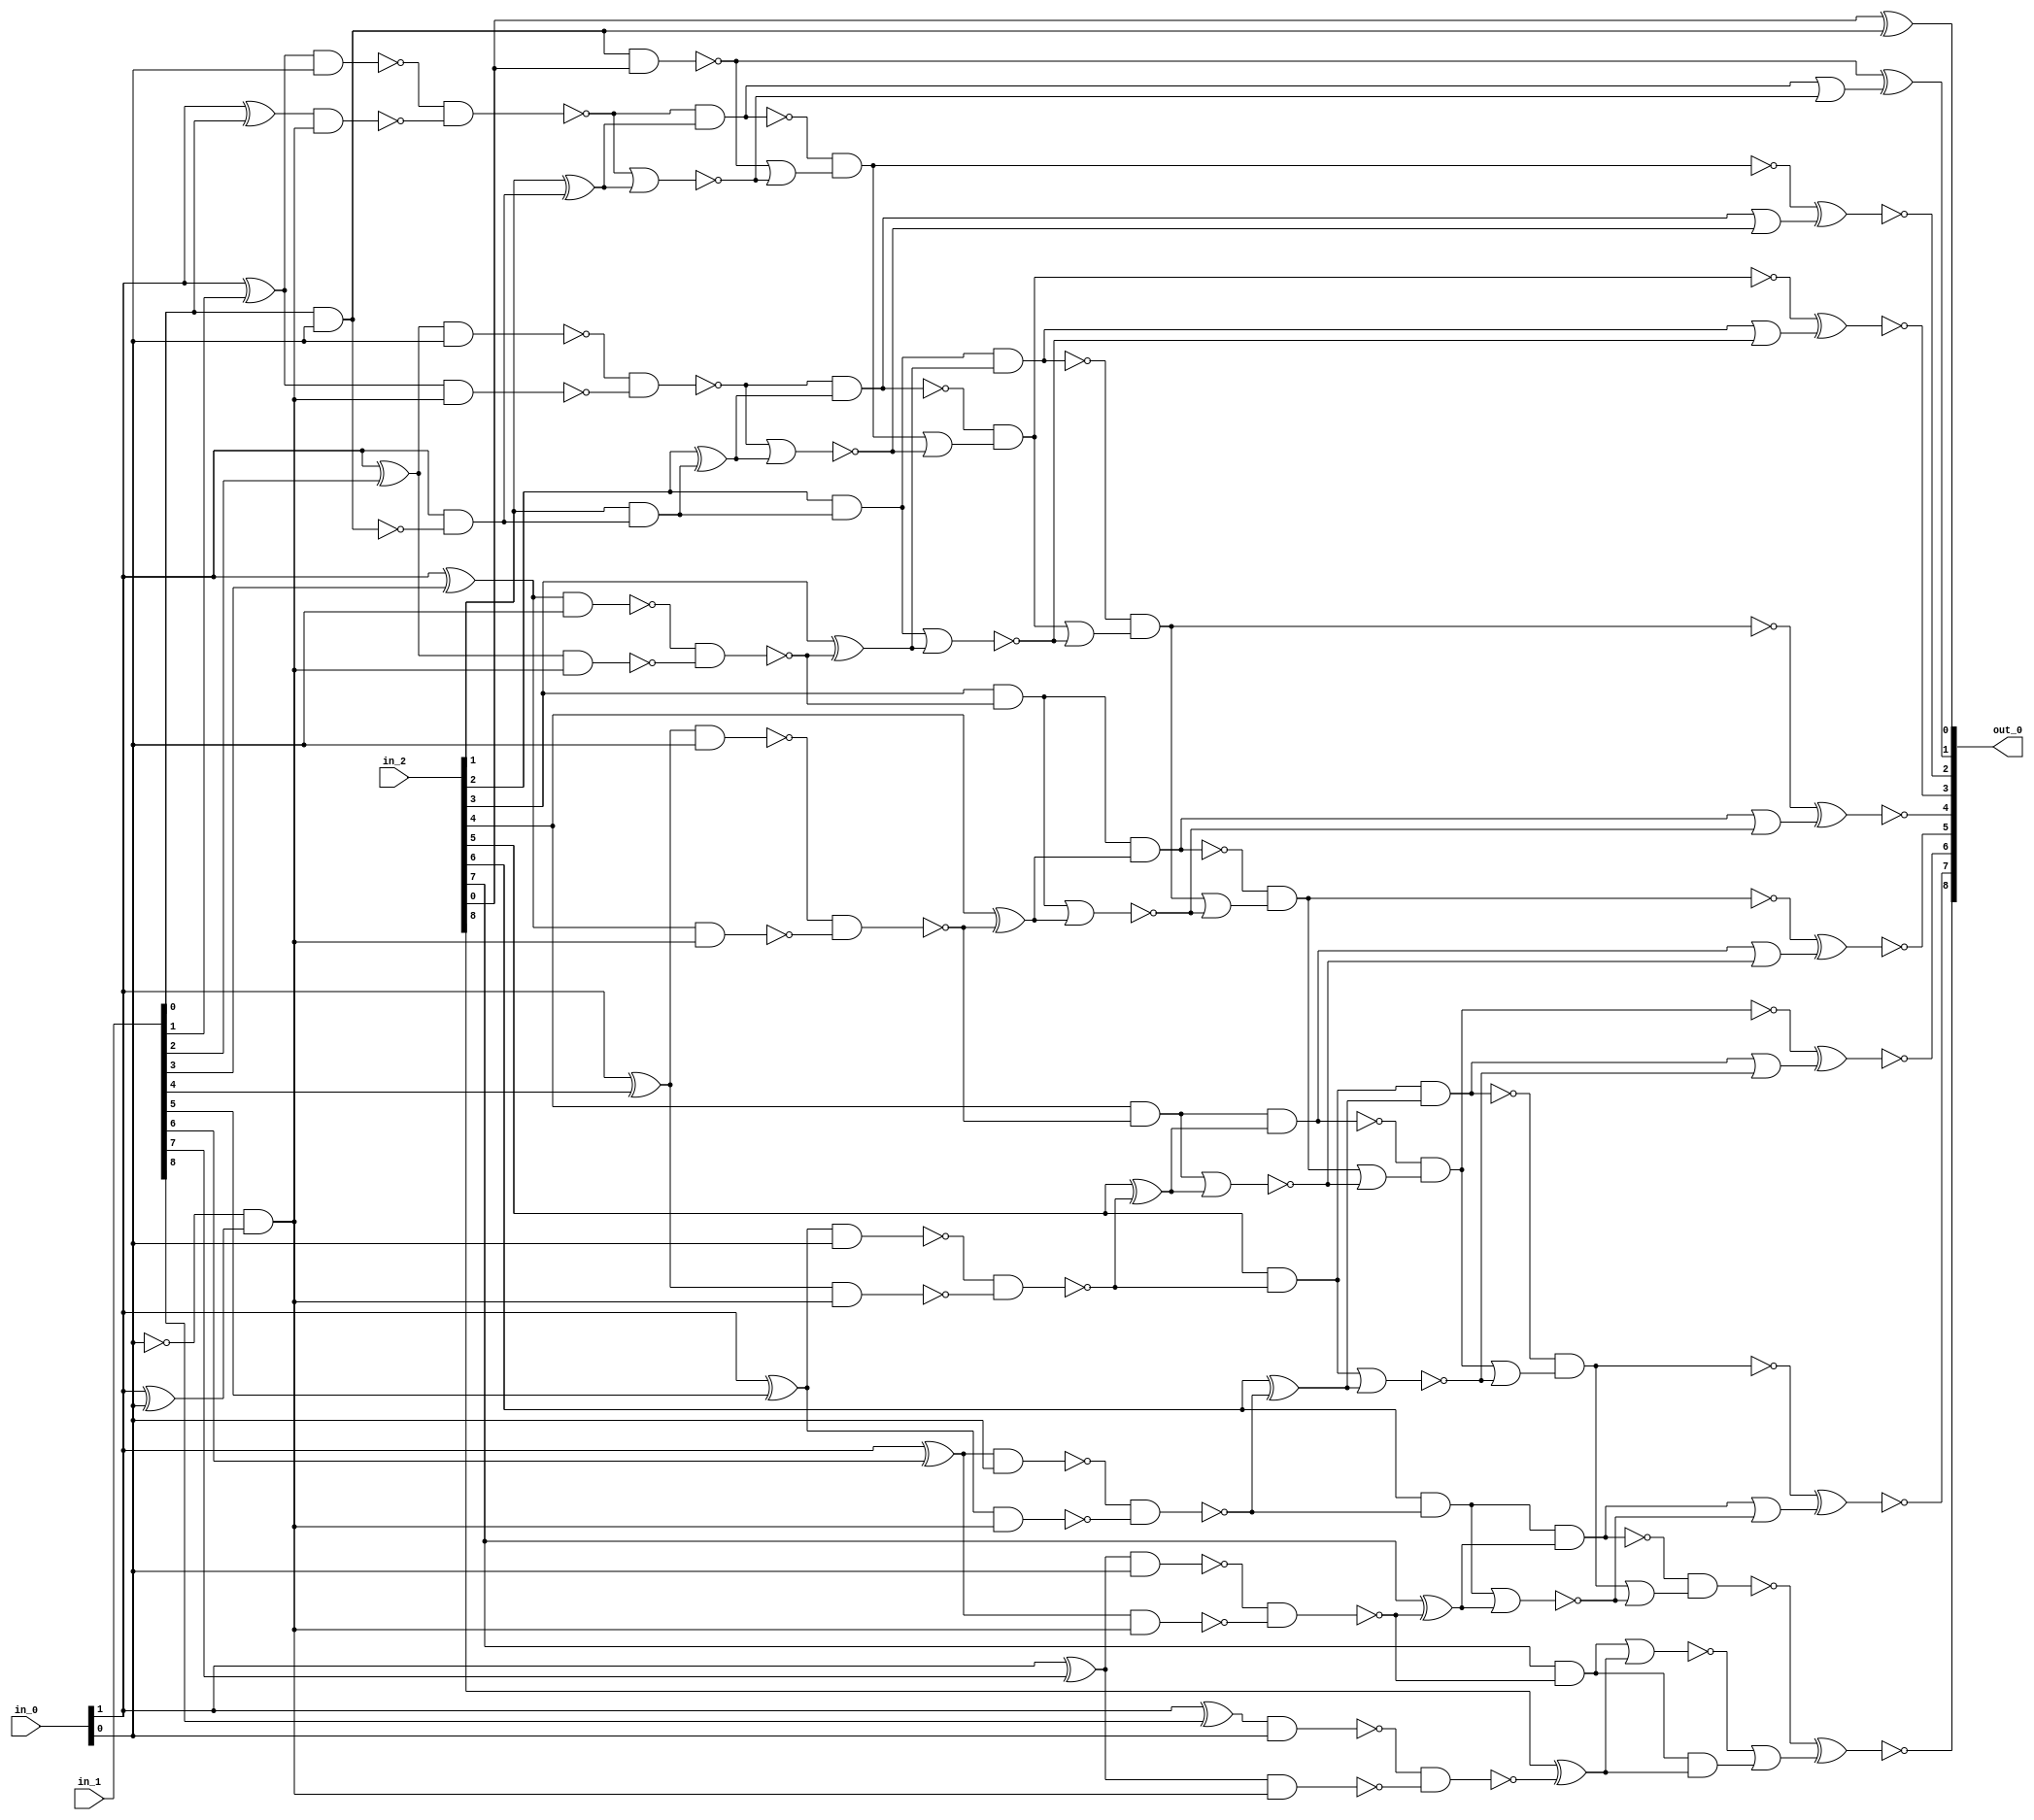
module csa_tree_add_64_12_group_14_GENERIC_REAL(in_0, in_1, in_2,
     out_0);
// synthesis_equation "assign out_0 = ( $signed(in_2) + ( $signed(in_0) * $signed(in_1) )  )  ;"
  input [1:0] in_0;
  input [8:0] in_1, in_2;
  output [8:0] out_0;
  wire [1:0] in_0;
  wire [8:0] in_1, in_2;
  wire [8:0] out_0;
  wire n_30, n_31, n_32, n_33, n_34, n_35, n_36, n_37;
  wire n_38, n_39, n_40, n_41, n_42, n_43, n_44, n_45;
  wire n_46, n_48, n_52, n_56, n_57, n_61, n_62, n_63;
  wire n_64, n_65, n_66, n_67, n_68, n_69, n_70, n_71;
  wire n_72, n_73, n_74, n_75, n_76, n_77, n_78, n_79;
  wire n_80, n_81, n_82, n_83, n_89, n_90, n_91, n_92;
  wire n_93, n_94, n_95, n_98, n_107, n_109, n_112, n_113;
  wire n_114, n_115, n_117, n_118, n_119, n_120, n_122, n_123;
  wire n_124, n_125, n_127, n_128, n_129, n_130, n_132, n_133;
  wire n_134, n_135, n_137, n_138, n_139, n_140, n_142, n_143;
  wire n_144, n_145, n_147, n_148, n_149, n_150, n_151, n_152;
  wire n_153, n_154, n_155;
  xor g3 (n_52, in_0[1], in_0[0]);
  xor g9 (n_56, in_0[1], in_1[0]);
  and g13 (n_38, in_1[0], in_0[0]);
  xor g14 (n_61, in_0[1], in_1[1]);
  nand g15 (n_62, n_61, in_0[0]);
  nand g16 (n_63, n_56, n_57);
  nand g17 (n_37, n_62, n_63);
  xor g18 (n_64, in_0[1], in_1[2]);
  nand g19 (n_65, n_64, in_0[0]);
  nand g20 (n_66, n_61, n_57);
  nand g21 (n_36, n_65, n_66);
  xor g22 (n_67, in_0[1], in_1[3]);
  nand g23 (n_68, n_67, in_0[0]);
  nand g24 (n_69, n_64, n_57);
  nand g25 (n_91, n_68, n_69);
  xor g26 (n_70, in_0[1], in_1[4]);
  nand g27 (n_71, n_70, in_0[0]);
  nand g28 (n_72, n_67, n_57);
  nand g29 (n_92, n_71, n_72);
  xor g30 (n_73, in_0[1], in_1[5]);
  nand g31 (n_74, n_73, in_0[0]);
  nand g32 (n_75, n_70, n_57);
  nand g33 (n_93, n_74, n_75);
  xor g34 (n_76, in_0[1], in_1[6]);
  nand g35 (n_77, n_76, in_0[0]);
  nand g36 (n_78, n_73, n_57);
  nand g37 (n_94, n_77, n_78);
  xor g38 (n_79, in_0[1], in_1[7]);
  nand g39 (n_80, n_79, in_0[0]);
  nand g40 (n_81, n_76, n_57);
  nand g41 (n_95, n_80, n_81);
  xor g42 (n_82, in_0[1], in_1[8]);
  nand g43 (n_83, n_82, in_0[0]);
  nand g44 (n_48, n_79, n_57);
  nand g45 (n_98, n_83, n_48);
  xor g58 (n_46, in_2[1], n_89);
  and g59 (n_90, in_2[1], n_89);
  xor g60 (n_45, in_2[2], n_90);
  and g61 (n_35, in_2[2], n_90);
  xor g62 (n_44, in_2[3], n_91);
  and g63 (n_34, in_2[3], n_91);
  xor g64 (n_43, in_2[4], n_92);
  and g65 (n_33, in_2[4], n_92);
  xor g66 (n_42, in_2[5], n_93);
  and g67 (n_32, in_2[5], n_93);
  xor g68 (n_41, in_2[6], n_94);
  and g69 (n_31, in_2[6], n_94);
  xor g70 (n_40, in_2[7], n_95);
  and g71 (n_30, in_2[7], n_95);
  xor g73 (n_39, in_2[8], n_98);
  nand g82 (n_107, n_38, in_2[0]);
  nor g85 (n_109, n_37, n_46);
  nand g86 (n_112, n_37, n_46);
  nor g87 (n_114, n_36, n_45);
  nand g88 (n_117, n_36, n_45);
  nor g89 (n_119, n_35, n_44);
  nand g90 (n_122, n_35, n_44);
  nor g91 (n_124, n_34, n_43);
  nand g92 (n_127, n_34, n_43);
  nor g93 (n_129, n_33, n_42);
  nand g94 (n_132, n_33, n_42);
  nor g95 (n_134, n_32, n_41);
  nand g96 (n_137, n_32, n_41);
  nor g97 (n_139, n_31, n_40);
  nand g98 (n_142, n_31, n_40);
  nand g103 (n_115, n_112, n_113);
  nand g106 (n_120, n_117, n_118);
  nand g109 (n_125, n_122, n_123);
  nand g112 (n_130, n_127, n_128);
  nand g115 (n_135, n_132, n_133);
  nand g118 (n_140, n_137, n_138);
  nand g121 (n_145, n_142, n_143);
  xnor g52 (out_0[2], n_115, n_149);
  xnor g54 (out_0[3], n_120, n_150);
  xnor g56 (out_0[4], n_125, n_151);
  xnor g124 (out_0[5], n_130, n_152);
  xnor g126 (out_0[6], n_135, n_153);
  xnor g128 (out_0[7], n_140, n_154);
  xnor g130 (out_0[8], n_145, n_155);
  xor g131 (out_0[0], in_2[0], n_38);
  and g133 (n_57, wc, n_52);
  not gc (wc, in_0[0]);
  and g135 (n_89, in_0[1], wc0);
  not gc0 (wc0, n_38);
  and g137 (n_144, n_30, n_39);
  or g138 (n_147, n_30, n_39);
  or g139 (n_113, n_107, n_109);
  or g140 (n_148, wc1, n_109);
  not gc1 (wc1, n_112);
  xor g141 (out_0[1], n_107, n_148);
  or g142 (n_149, wc2, n_114);
  not gc2 (wc2, n_117);
  or g143 (n_150, wc3, n_119);
  not gc3 (wc3, n_122);
  or g144 (n_151, wc4, n_124);
  not gc4 (wc4, n_127);
  or g145 (n_152, wc5, n_129);
  not gc5 (wc5, n_132);
  or g146 (n_153, wc6, n_134);
  not gc6 (wc6, n_137);
  or g147 (n_154, wc7, n_139);
  not gc7 (wc7, n_142);
  or g148 (n_118, wc8, n_114);
  not gc8 (wc8, n_115);
  or g149 (n_155, wc9, n_144);
  not gc9 (wc9, n_147);
  or g150 (n_123, wc10, n_119);
  not gc10 (wc10, n_120);
  or g151 (n_128, wc11, n_124);
  not gc11 (wc11, n_125);
  or g152 (n_133, wc12, n_129);
  not gc12 (wc12, n_130);
  or g153 (n_138, wc13, n_134);
  not gc13 (wc13, n_135);
  or g154 (n_143, wc14, n_139);
  not gc14 (wc14, n_140);
endmodule

module csa_tree_add_64_12_group_14_GENERIC(in_0, in_1, in_2, out_0);
  input [1:0] in_0;
  input [8:0] in_1, in_2;
  output [8:0] out_0;
  wire [1:0] in_0;
  wire [8:0] in_1, in_2;
  wire [8:0] out_0;
  csa_tree_add_64_12_group_14_GENERIC_REAL g1(.in_0 (in_0), .in_1
       (in_1), .in_2 (in_2), .out_0 (out_0));
endmodule

module lt_signed_GENERIC_REAL(A, B, Z);
// synthesis_equation lt_signed
  input [8:0] A;
  input B;
  output Z;
  wire [8:0] A;
  wire B;
  wire Z;
  wire n_32, n_33, n_34, n_35, n_36, n_38, n_39, n_40;
  wire n_43, n_44, n_46, n_47, n_48, n_49, n_50, n_51;
  wire n_53, n_54, n_55, n_57, n_58, n_61, n_62, n_63;
  wire n_64, n_67, n_69, n_71, n_72, n_74, n_82, n_84;
  wire n_85, n_86, n_87, n_89, n_90;
  not g11 (Z, n_39);
  nand g34 (n_58, n_46, n_47);
  nor g35 (n_51, n_48, n_49);
  nor g38 (n_61, n_32, n_49);
  nor g39 (n_36, n_33, n_34);
  nor g42 (n_67, n_38, n_34);
  nor g43 (n_55, n_53, n_40);
  nor g46 (n_69, n_57, n_40);
  nand g50 (n_63, n_61, n_58);
  nand g51 (n_74, n_62, n_63);
  nand g61 (n_82, n_67, n_69);
  nand g72 (n_87, n_84, n_85);
  nand g75 (n_39, n_89, n_90);
  or g98 (n_89, wc, A[8]);
  not gc (wc, B);
  or g99 (n_33, B, wc0);
  not gc0 (wc0, A[4]);
  and g100 (n_34, B, wc1);
  not gc1 (wc1, A[5]);
  or g101 (n_35, B, wc2);
  not gc2 (wc2, A[5]);
  and g102 (n_57, B, wc3);
  not gc3 (wc3, A[6]);
  and g103 (n_40, B, wc4);
  not gc4 (wc4, A[7]);
  or g104 (n_53, B, wc5);
  not gc5 (wc5, A[6]);
  or g105 (n_54, B, wc6);
  not gc6 (wc6, A[7]);
  or g106 (n_48, B, wc7);
  not gc7 (wc7, A[2]);
  and g107 (n_49, B, wc8);
  not gc8 (wc8, A[3]);
  or g108 (n_50, B, wc9);
  not gc9 (wc9, A[3]);
  and g109 (n_32, B, wc10);
  not gc10 (wc10, A[2]);
  or g110 (n_46, B, wc11);
  not gc11 (wc11, A[1]);
  or g111 (n_44, wc12, A[0]);
  not gc12 (wc12, B);
  and g112 (n_43, B, wc13);
  not gc13 (wc13, A[1]);
  and g113 (n_38, B, wc14);
  not gc14 (wc14, A[4]);
  and g114 (n_86, wc15, A[8]);
  not gc15 (wc15, B);
  and g115 (n_64, n_35, wc16);
  not gc16 (wc16, n_36);
  and g116 (n_71, n_54, wc17);
  not gc17 (wc17, n_55);
  and g117 (n_62, n_50, wc18);
  not gc18 (wc18, n_51);
  or g118 (n_47, n_43, wc19);
  not gc19 (wc19, n_44);
  and g119 (n_72, wc20, n_69);
  not gc20 (wc20, n_64);
  and g120 (n_84, wc21, n_71);
  not gc21 (wc21, n_72);
  or g121 (n_85, n_82, wc22);
  not gc22 (wc22, n_74);
  or g122 (n_90, n_86, wc23);
  not gc23 (wc23, n_87);
endmodule

module lt_signed_GENERIC(A, B, Z);
  input [8:0] A;
  input B;
  output Z;
  wire [8:0] A;
  wire B;
  wire Z;
  lt_signed_GENERIC_REAL g1(.A (A), .B (B), .Z (Z));
endmodule